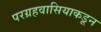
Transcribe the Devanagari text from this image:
परग्रहवासियाकडून